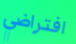
افتراضي